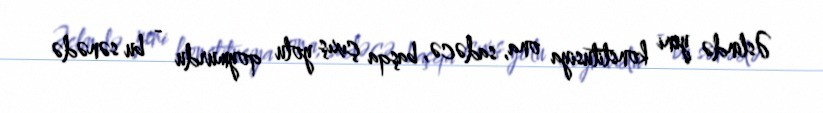
Əslində yeni konstitusiya ona, sadəcə, başqa çıxış yolu qoymurdu - bu sənədə